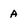
Character: A